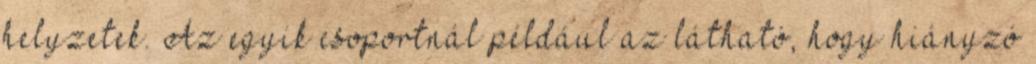
helyzetek. Az egyik csoportnál például az látható, hogy hiányzó